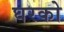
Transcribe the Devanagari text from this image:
घरको